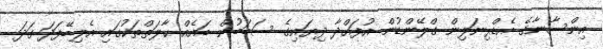
އިންސާނާގެ އެޑްރިނަލިން ގްލޭންޑުން އުފައްދާ ދިޔައިގެ ސަބަބުން ބައެއް ޙާލަތްތަކުގައި އެލިބޭފަދަ ގަދަ